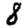
Digit: 8